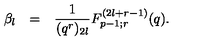
\begin{array} { r c l } { \beta _ { l } } & { = } & { \displaystyle \frac { 1 } { ( q ^ { r } ) _ { 2 l } } F _ { p - 1 ; r } ^ { ( 2 l + r - 1 ) } ( q ) . } \\ \end{array}